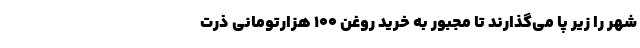
شهر را زیر پا می‌گذارند تا مجبور به خرید روغن 100 هزارتومانی ذرت